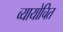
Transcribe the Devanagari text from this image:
व्यायोचित